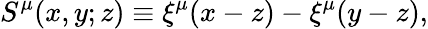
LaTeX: S^{\mu}(x,y;z)\equiv\xi^{\mu}(x-z)-\xi^{\mu}(y-z),